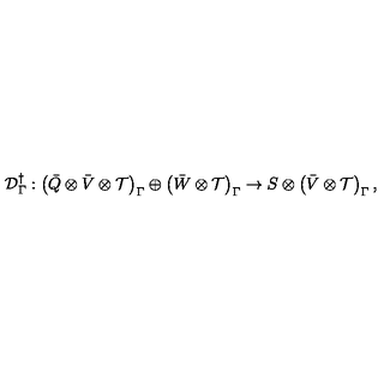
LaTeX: { \cal D } _ { \Gamma } ^ { \dagger } : \left( \bar { Q } \otimes \bar { V } \otimes { \cal T } \right) _ { \Gamma } \oplus \left( \bar { W } \otimes { \cal T } \right) _ { \Gamma } \rightarrow S \otimes \left( \bar { V } \otimes { \cal T } \right) _ { \Gamma } ,